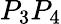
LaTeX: P_{3}P_{4}